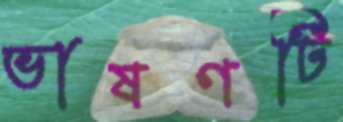
ভাষণটি